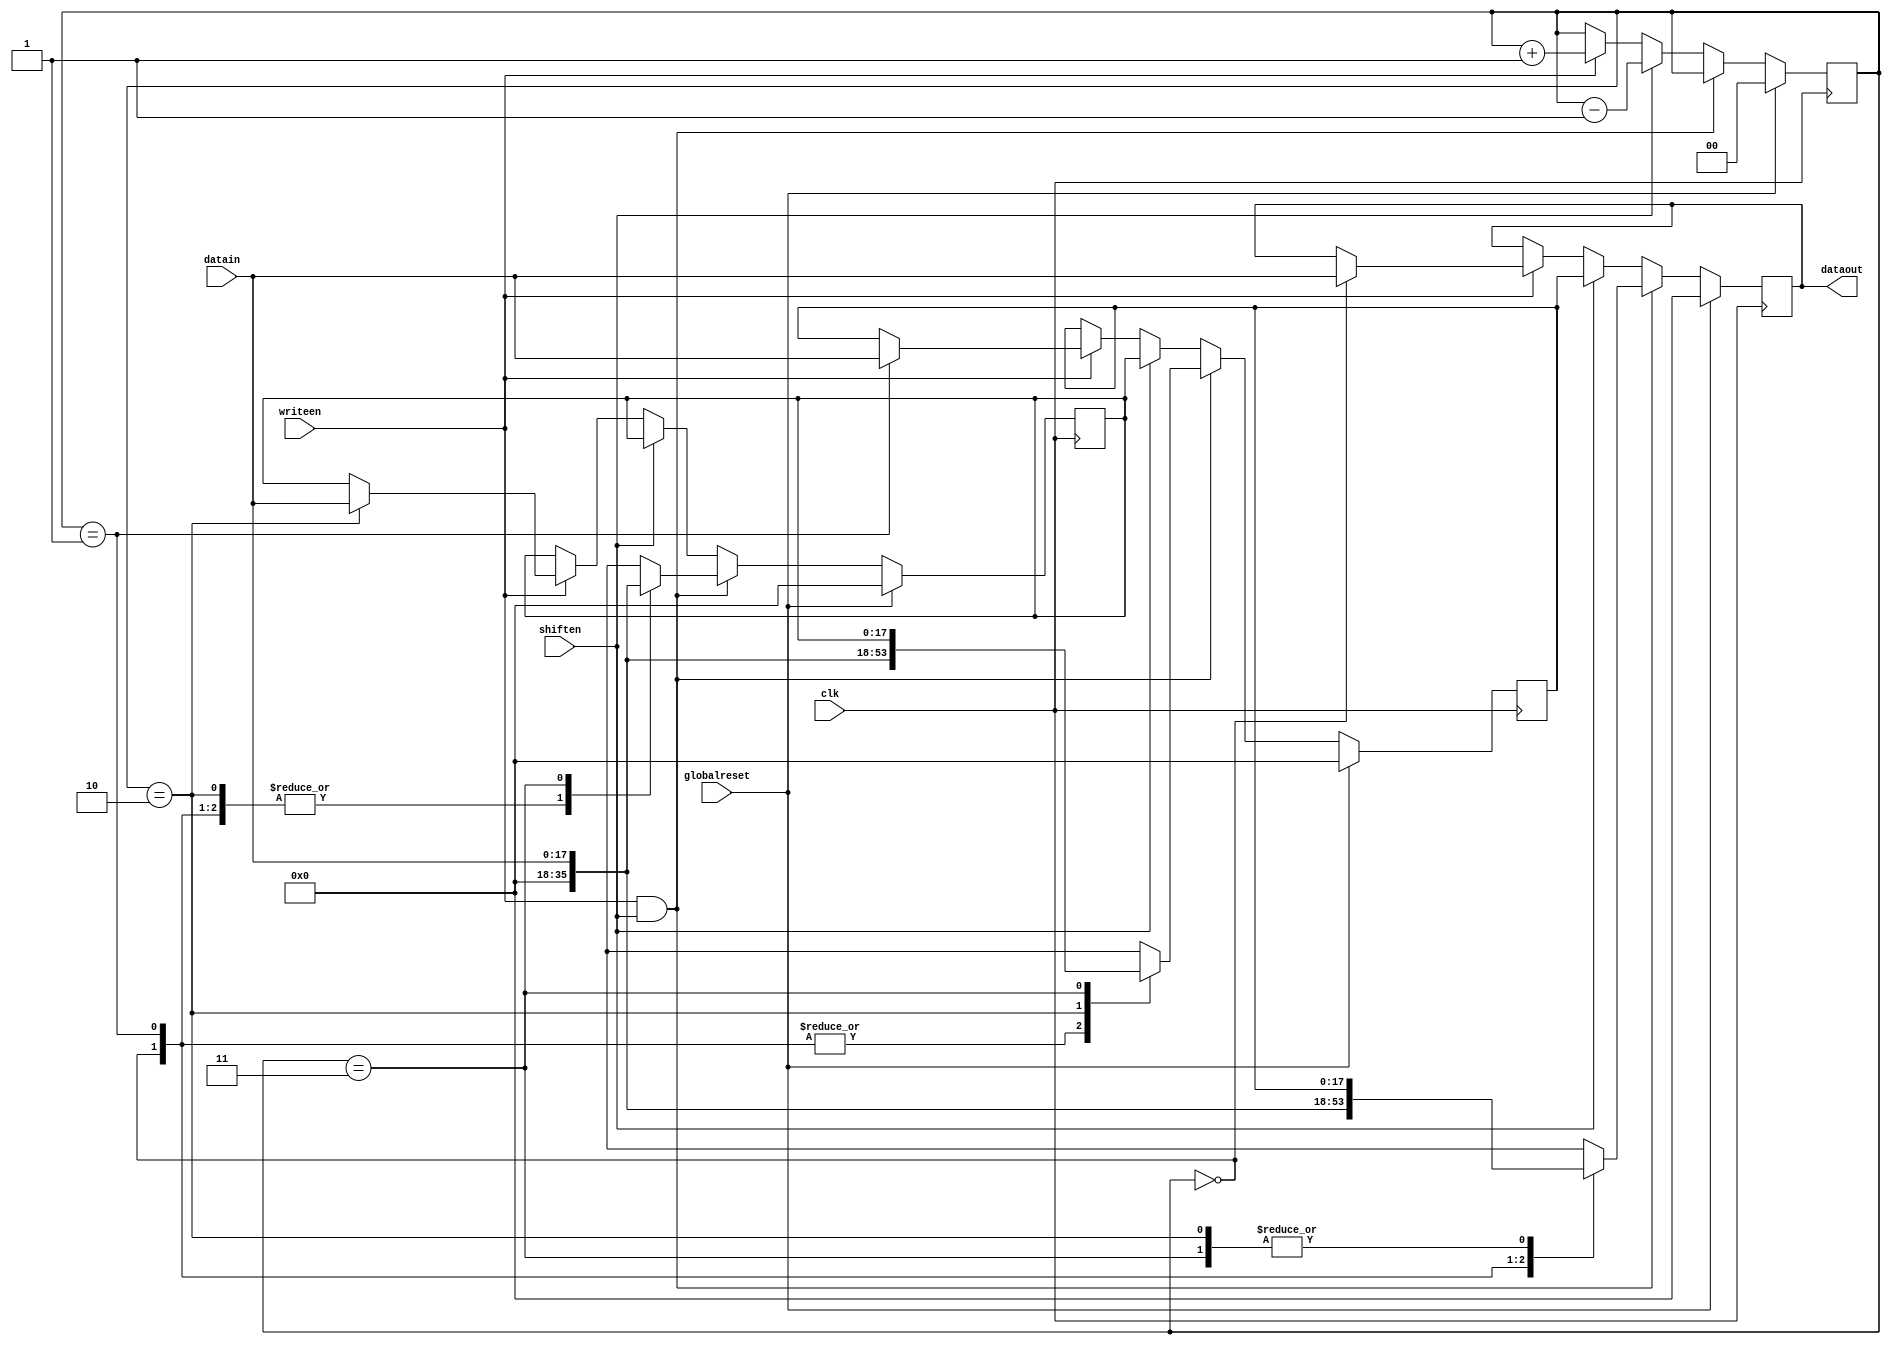
module fifo3_1 (datain, writeen, dataout, shiften, globalreset, clk);
    input[18 - 1:0] datain; 
    input writeen; 
    output[18 - 1:0] dataout; 
    wire[18 - 1:0] dataout;
    input shiften; 
    input globalreset; 
    input clk; 
    reg[18 - 1:0] data0; 
    reg[18 - 1:0] data1; 
    reg[18 - 1:0] data2; 
    reg[1:0] pos; 
    assign dataout = data0 ;
    always @(posedge clk)
    begin
       if (globalreset == 1'b1)
       begin
          pos <= 2'b00 ; 
          data0 <= 0 ; 
          data1 <= 0 ; 
          data2 <= 0 ; 
       end
       else
       begin
          if (writeen == 1'b1 & shiften == 1'b1)
          begin
             case (pos)
                2'b00 :
                         begin
                            data0 <= 0 ; 
                            data1 <= 0 ; 
                            data2 <= 0 ; 
                         end
                2'b01 :
                         begin
                            data0 <= datain ; 
                            data1 <= 0 ; 
                            data2 <= 0 ; 
                         end
                2'b10 :
                         begin
                            data0 <= data1 ; 
                            data1 <= datain ; 
                            data2 <= 0 ; 
                         end
                2'b11 :
                         begin
                            data0 <= data1 ; 
                            data1 <= data2 ; 
                            data2 <= datain ; 
                         end
             endcase 
          end
          else if (shiften == 1'b1)
          begin
             data0 <= data1 ; 
             data1 <= data2 ; 
             pos <= pos - 1 ; 
          end
          else if (writeen == 1'b1)
          begin
             case (pos)
                2'b00 :
                         begin
                            data0 <= datain ; 
                         end
                2'b01 :
    					begin
                            data1 <= datain ; 
                         end
                2'b10 :
                         begin
                            data2 <= datain ; 
                         end
             endcase 
             pos <= pos + 1 ; 
          end 
       end 
    end 
 endmodule